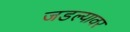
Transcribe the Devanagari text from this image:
जडल्यावर